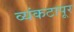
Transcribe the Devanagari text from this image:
व्यंकटापूर